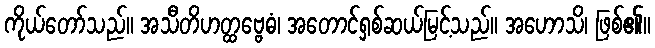
ကိုယ်တော်သည်။ အသီတိဟတ္ထဗ္ဗေဓံ၊ အတောင်ရှစ်ဆယ်မြင့်သည်။ အဟောသိ၊ ဖြစ်၏။